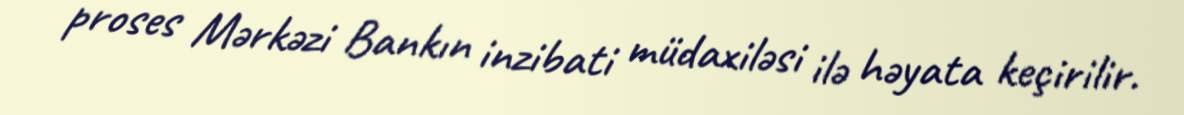
proses Mərkəzi Bankın inzibati müdaxiləsi ilə həyata keçirilir.